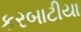
કરબાટીયા